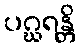
ပဂ္ဃရန္တိ